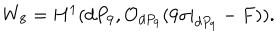
LaTeX: W _ { 8 } = H ^ { 1 } ( d P _ { 9 } , { \cal O } _ { d P _ { 9 } } ( 9 \sigma | _ { d P _ { 9 } } - F ) ) .